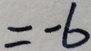
= - 6